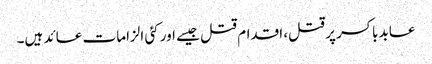
عابد باکسر پر قتل، اقدام قتل جیسے اور کئی الزامات عائد ہیں۔